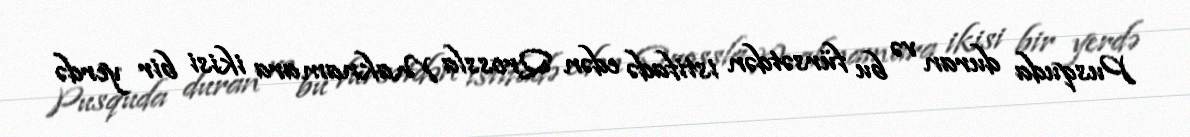
Pusquda duran və bu fürsətdən istifadə edən Qrossla Maknamara ikisi bir yerdə